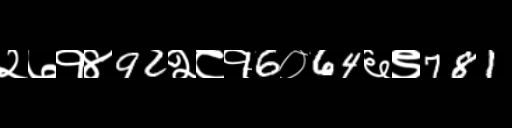
Text: २७१४92२८१6०64६९781